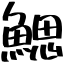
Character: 鰓